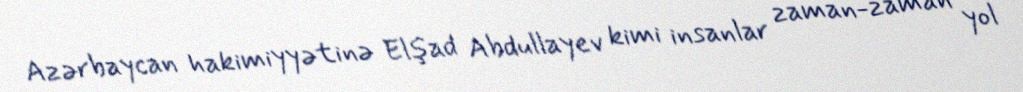
Azərbaycan hakimiyyətinə Elşad Abdullayev kimi insanlar zaman-zaman yol